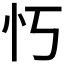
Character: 𫹫